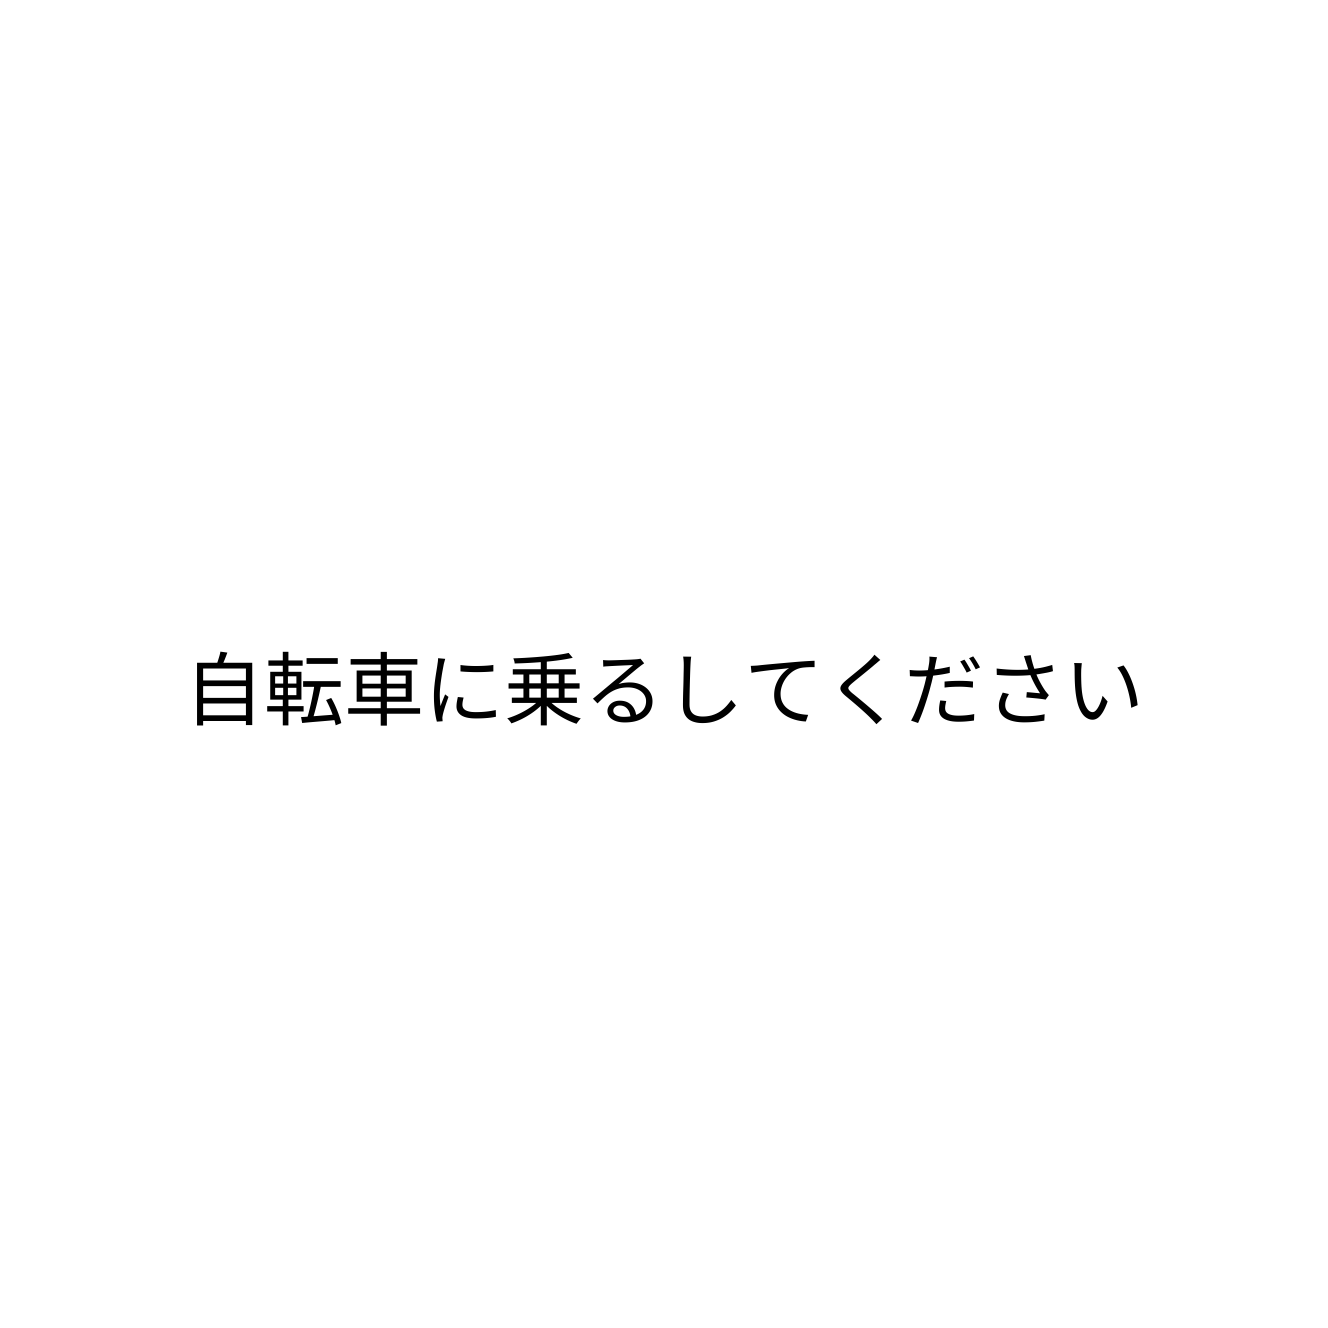
自転車に乗るしてください